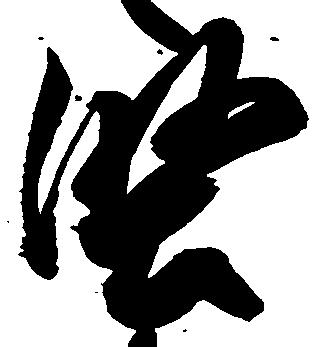
堅